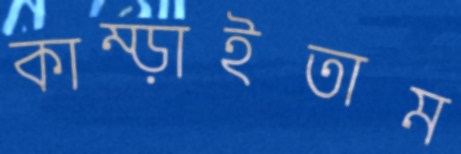
কাম্‌ড়াইতাম